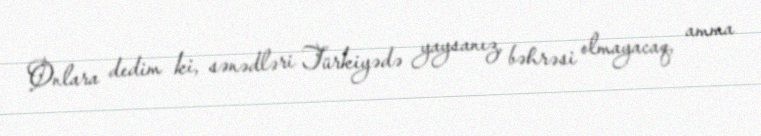
Onlara dedim ki, sənədləri Türkiyədə yaysanız, bəhrəsi olmayacaq, amma